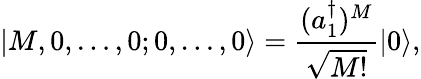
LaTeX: |M,0,\ldots,0;0,\ldots,0\rangle={\frac{(a_{1}^{\dagger})^{M}}{\sqrt{M!}}}|0\rangle,